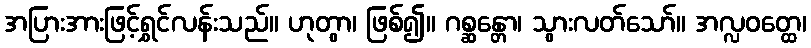
အပြားအားဖြင့်ရွှင်လန်းသည်။ ဟုတွာ၊ ဖြစ်၍။ ဂစ္ဆန္တော၊ သွားလတ်သော်။ အလ္လဝတ္ထေ၊